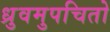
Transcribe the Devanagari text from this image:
ध्रुवमुपचितो